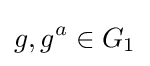
g,g^{a}\in G_{1}